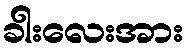
ခါးလေးအား